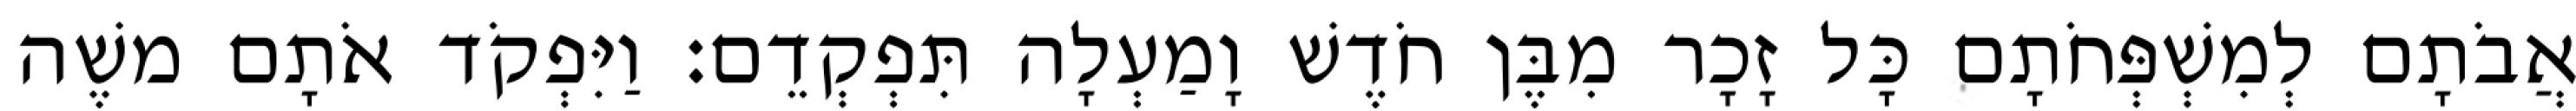
אֲבֹתָם לְמִשְׁפְּחֹתָם כָּל זָכָר מִבֶּן חֹדֶשׁ וָמַעְלָה תִּפְקְדֵם׃ וַיִּפְקֹד אֹתָם משֶׁה